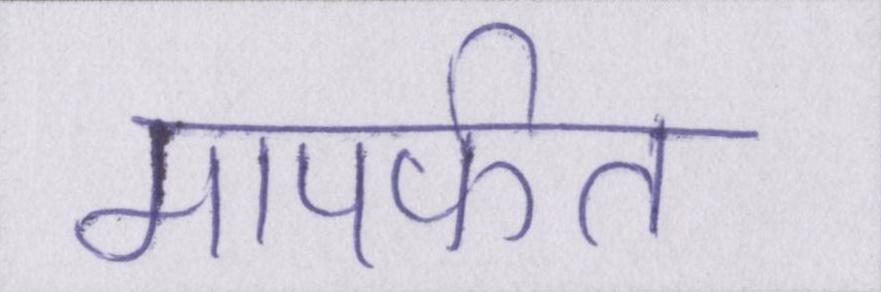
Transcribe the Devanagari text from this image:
मापर्फत